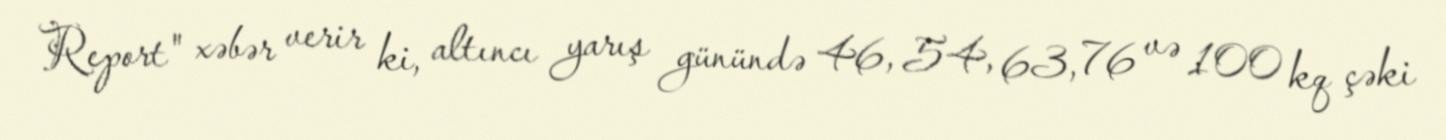
Report" xəbər verir ki, altıncı yarış günündə 46, 54, 63, 76 və 100 kq çəki